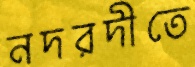
নদরদীতে